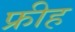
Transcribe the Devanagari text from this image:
फ्रीह